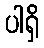
ပါရှိ